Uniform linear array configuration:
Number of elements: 24
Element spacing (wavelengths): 0.25
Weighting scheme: kaiser
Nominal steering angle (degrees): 45
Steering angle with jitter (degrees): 46.567
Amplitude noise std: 0.05
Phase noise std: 0.05

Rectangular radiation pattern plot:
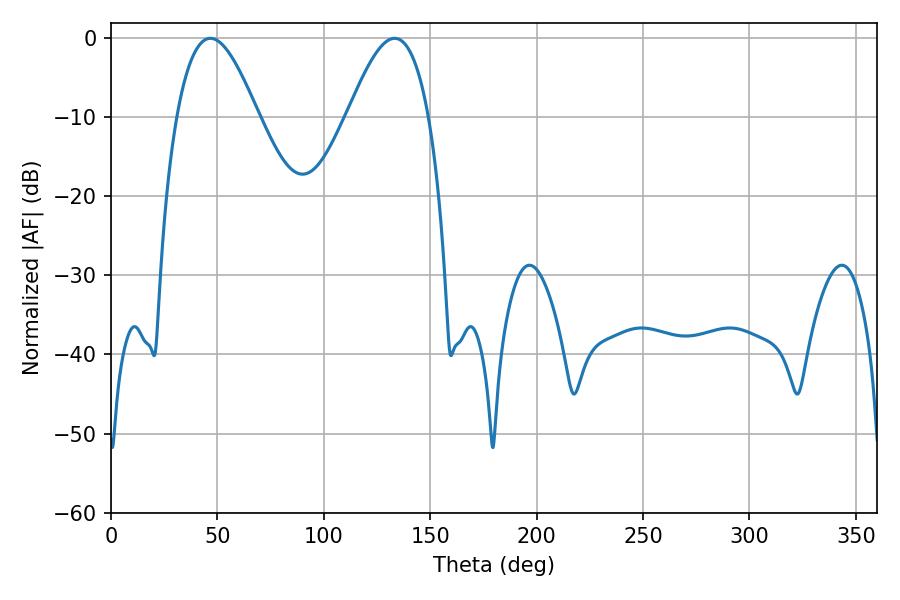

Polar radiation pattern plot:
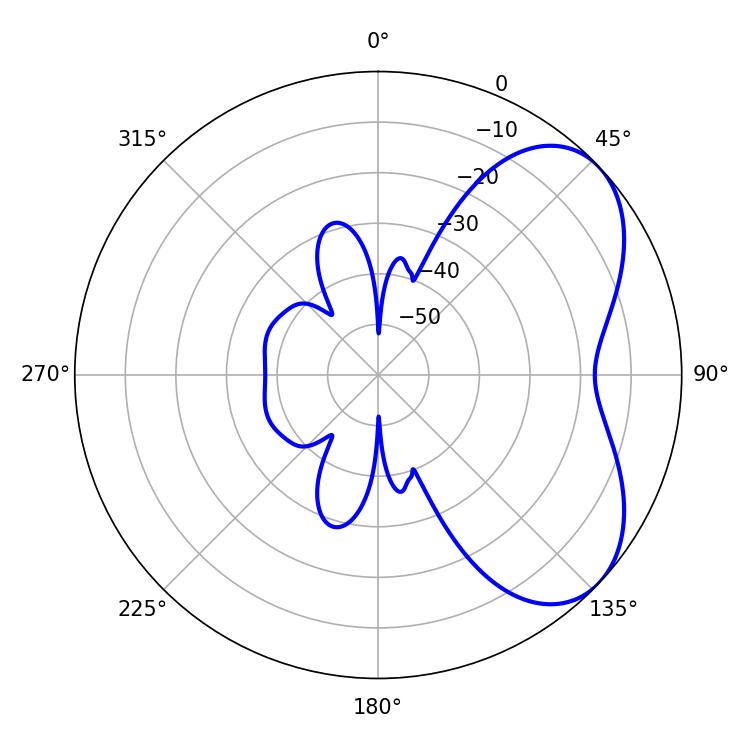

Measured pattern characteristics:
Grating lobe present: FALSE
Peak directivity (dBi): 5.262
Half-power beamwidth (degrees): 20.7
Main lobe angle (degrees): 46.8